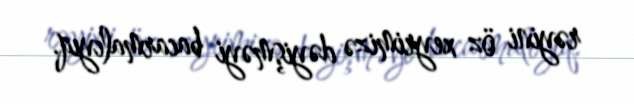
rəyini öz xeyrimizə dəyişməyi bacarmalıyıq.